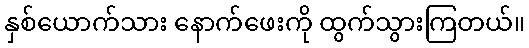
နှစ်ယောက်သား နောက်ဖေးကို ထွက်သွားကြတယ်။